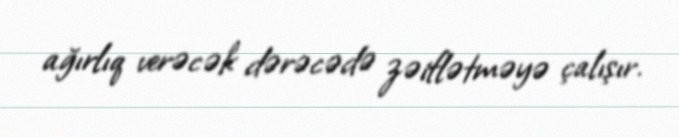
ağırlıq verəcək dərəcədə zəiflətməyə çalışır.